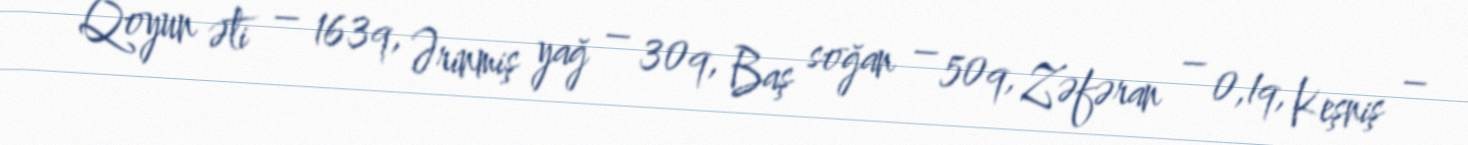
Qoyun əti – 163q, Ərinmiş yağ – 30q, Baş soğan – 50q, Zəfəran – 0,1q, Keşniş –